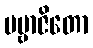
ပဗ္ဗာဇိတော